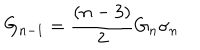
LaTeX: G _ { n - 1 } = \frac { ( n - 3 ) } { 2 } G _ { n } \sigma _ { n }